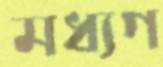
মধ্যগ